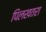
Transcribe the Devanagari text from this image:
पिलखतरा